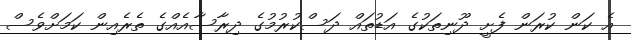
އެ ކަން ކުރަން ފެށީ ދޫނިތަކުގެ އަޑުތައް ދަސްކުރުމުގެ ދިރާސާއެއްގެ ތެރެއިން ކަމަށްވެސް